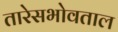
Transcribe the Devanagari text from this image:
तारेसभोवताल